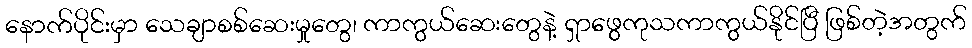
နောက်ပိုင်းမှာ သေချာစစ်ဆေးမှုတွေ၊ ကာကွယ်ဆေးတွေနဲ့ ရှာဖွေကုသကာကွယ်နိုင်ပြီ ဖြစ်တဲ့အတွက်